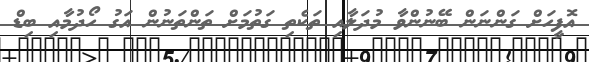
އޮފީހަށް ގަންނަން ބޭނުންވާ މުދަލާއި ތަކެތި ގަތުމަށް ތަންތަނުން އަގު ހޯދުމާއި ބިޑް